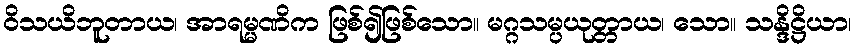
ဝိသယိဘူတာယ၊ အာရမ္မဏိက ဖြစ်၍ဖြစ်သော။ မဂ္ဂသမ္ပယုတ္တာယ၊ သော။ သန္ဒိဋ္ဌိယာ၊